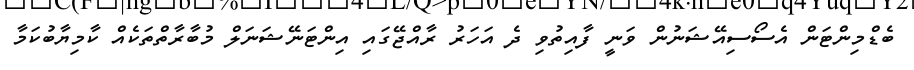
ބެޑްމިންޓަން އެސޯސިއޭޝަނުން ވަނީ ފާއިތުވި ދެ އަހަރު ރާއްޖޭގައި އިންޓަނޭޝަނަލް މުބާރާތްތަކެއް ކާމިޔާބުކަމާ